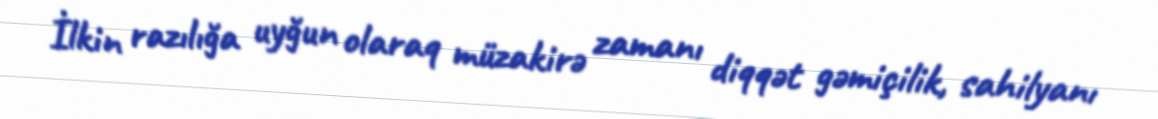
İlkin razılığa uyğun olaraq müzakirə zamanı diqqət gəmiçilik, sahilyanı